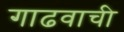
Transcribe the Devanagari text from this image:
गाढवाची